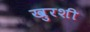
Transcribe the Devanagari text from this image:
खुरशी